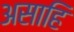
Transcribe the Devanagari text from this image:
असाहि